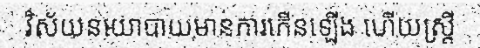
វិស័យនយោបាយមានការកើនឡើង ហើយស្ត្រី